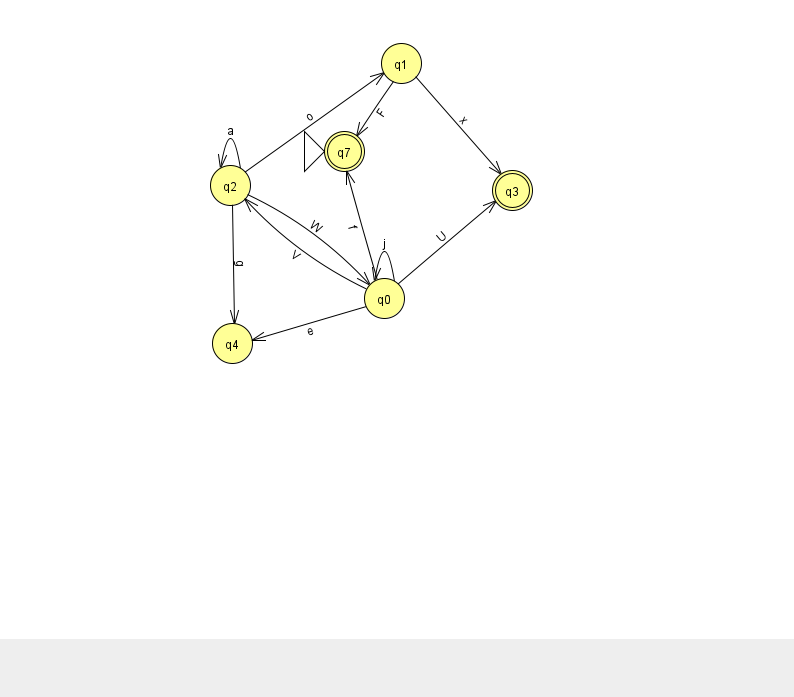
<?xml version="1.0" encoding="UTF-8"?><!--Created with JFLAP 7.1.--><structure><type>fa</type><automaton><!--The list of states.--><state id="0" name="q0"><x>384.0</x><y>285.0</y></state><state id="1" name="q1"><x>401.0</x><y>50.0</y></state><state id="2" name="q2"><x>230.0</x><y>172.0</y></state><state id="3" name="q3"><x>512.0</x><y>177.0</y><final/></state><state id="4" name="q4"><x>232.0</x><y>330.0</y></state><state id="7" name="q7"><x>344.0</x><y>138.0</y><initial/><final/></state><!--The list of transitions.--><transition><from>1</from><to>3</to><read>x</read></transition><transition><from>2</from><to>2</to><read>a</read></transition><transition><from>2</from><to>1</to><read>o</read></transition><transition><from>2</from><to>4</to><read>g</read></transition><transition><from>0</from><to>0</to><read>j</read></transition><transition><from>1</from><to>7</to><read>F</read></transition><transition><from>0</from><to>7</to><read>f</read></transition><transition><from>0</from><to>2</to><read>V</read></transition><transition><from>0</from><to>3</to><read>U</read></transition><transition><from>0</from><to>4</to><read>e</read></transition><transition><from>2</from><to>0</to><read>W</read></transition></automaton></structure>